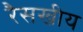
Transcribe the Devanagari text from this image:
रैसखीय